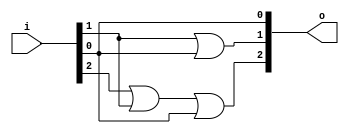
module bsg_scan_width_p3_or_p1_lo_to_hi_p1
(
  i,
  o
);

  input [2:0] i;
  output [2:0] o;
  wire [2:0] o;
  wire t_1__2_,t_1__1_,t_1__0_;
  assign t_1__2_ = i[0] | 1'b0;
  assign t_1__1_ = i[1] | i[0];
  assign t_1__0_ = i[2] | i[1];
  assign o[0] = t_1__2_ | 1'b0;
  assign o[1] = t_1__1_ | 1'b0;
  assign o[2] = t_1__0_ | t_1__2_;

endmodule